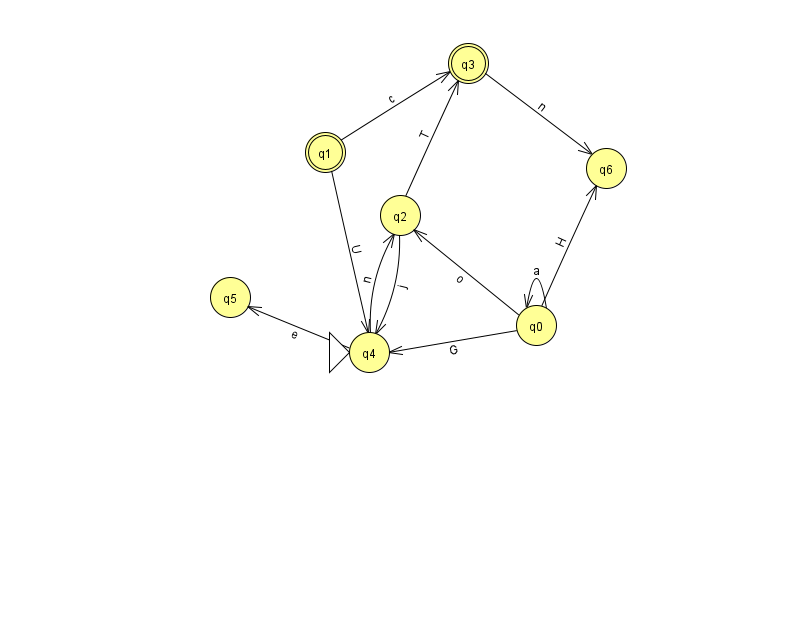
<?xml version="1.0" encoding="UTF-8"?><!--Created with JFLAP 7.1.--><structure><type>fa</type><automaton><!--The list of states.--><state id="0" name="q0"><x>536.0</x><y>312.0</y></state><state id="1" name="q1"><x>325.0</x><y>139.0</y><final/></state><state id="2" name="q2"><x>400.0</x><y>202.0</y></state><state id="3" name="q3"><x>468.0</x><y>50.0</y><final/></state><state id="4" name="q4"><x>369.0</x><y>339.0</y><initial/></state><state id="5" name="q5"><x>230.0</x><y>284.0</y></state><state id="6" name="q6"><x>606.0</x><y>155.0</y></state><!--The list of transitions.--><transition><from>0</from><to>0</to><read>a</read></transition><transition><from>4</from><to>2</to><read>n</read></transition><transition><from>0</from><to>4</to><read>G</read></transition><transition><from>0</from><to>2</to><read>o</read></transition><transition><from>2</from><to>4</to><read>j</read></transition><transition><from>1</from><to>3</to><read>c</read></transition><transition><from>1</from><to>4</to><read>U</read></transition><transition><from>3</from><to>6</to><read>n</read></transition><transition><from>0</from><to>6</to><read>H</read></transition><transition><from>2</from><to>3</to><read>T</read></transition><transition><from>4</from><to>5</to><read>e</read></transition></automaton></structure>